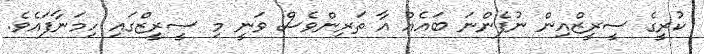
ކުރީގެ ސީރީޒްއިން ނުފެންނަ ބައެއް އާ ތަރިންވެސް ވަނީ މި ސީރީޒްގައި ހިމަނާފައެވެ.